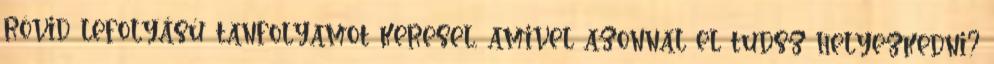
rövid lefolyású tanfolyamot keresel, amivel azonnal el tudsz helyezkedni?